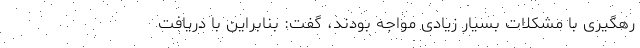
رهگیری با مشکلات بسیار زیادی مواجه بودند، گفت: بنابراین با دریافت